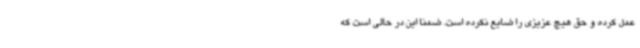
عمل کرده و حق هیچ عزیزی را ضایع نکرده است. ضمناً این در حالی است که